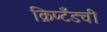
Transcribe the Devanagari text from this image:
क्रिप्टँडची